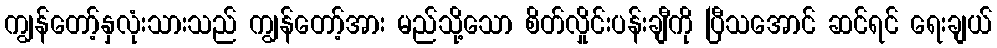
ကျွန်တော့်နှလုံးသားသည် ကျွန်တော့်အား မည်သို့သော စိတ်လှိုင်းပန်းချီကို ပြီသအောင် ဆင်ရင် ရေးချယ်